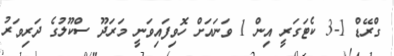
ގްރޭޑް 1-3 ކެޓަގަރީ އިން 1 ވަނައަށް ހޮވިފައިވަނީ މަރަދޫ ސްކޫލުގެ ދަރިވަރު